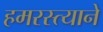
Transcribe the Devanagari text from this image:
हमरस्त्याने